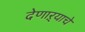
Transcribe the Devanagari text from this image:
देणाऱ्याचे